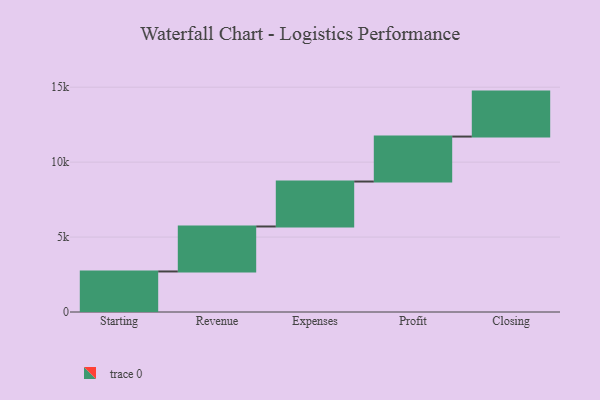
{"axis": {"x": "Step", "y": "Value"}, "legend": [""], "data": [{"x": "Starting", "y": 2705.0, "type": ""}, {"x": "Revenue", "y": 3000, "type": ""}, {"x": "Expenses", "y": 3000, "type": ""}, {"x": "Profit", "y": 3000, "type": ""}, {"x": "Closing", "y": 3000, "type": ""}]}